Sketch of the medical history of the native army of Bombay, for the year
Year: 1872
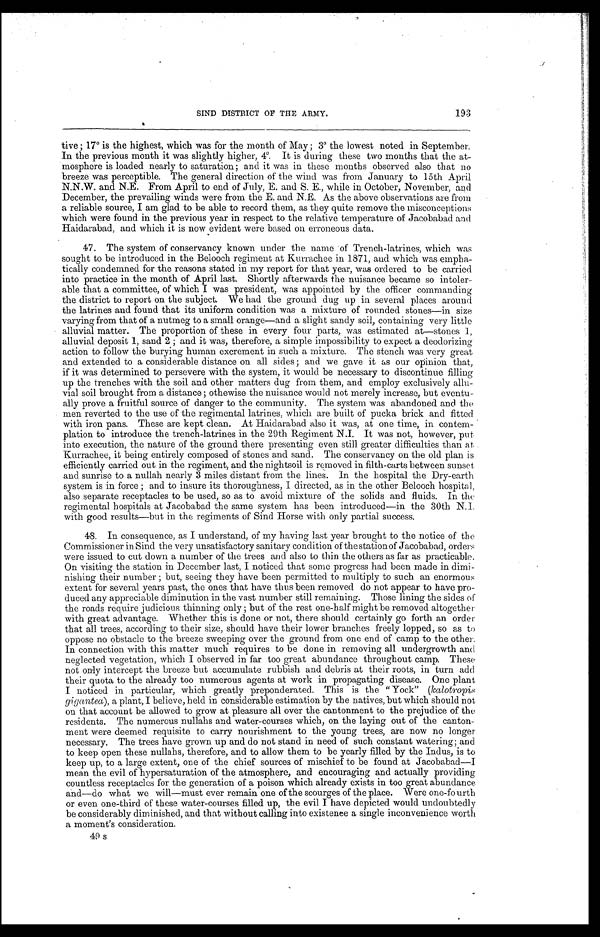
193
SIND DISTRICT OF THE ARMY.
tive; 17° is the highest, which was for the month of May; 3° the lowest noted in September.
In the previous month it was slightly higher, 4°. It is during these two months that the at
-mosphere is loaded nearly to saturation; and it was in these months observed also that no
breeze was perceptible. The general direction of the wind was from January to 15th April
N.N.W. and N.E. From April to end of July, E. and S. E., while in October, November, and
December, the prevailing winds were from the E. and N.E. As the above observations are from
a reliable source, I am glad to be able to record them, as they quite remove the misconceptions
which were found in the previous year in respect to the relative temperature of Jacobabad and
Haidarabad, and which it is now evident were based on erroneous data.
47. The system of conservancy known under the name of Trench-latrines, which was
sought to be introduced in the Belooch regiment at Kurrachee in 1871, and which was empha-
tically condemned for the reasons stated in my report for that year, was ordered to be carried
into practice in the month of April last. Shortly afterwards the nuisance became so intoler-
able that a committee, of which I was president, was appointed by the officer commanding
the district to report on the subject. We had the ground dug up in several places around
the latrines and found that its uniform condition was a mixture of rounded stones—in size
varying from that of a nutmeg to a small orange—and a slight sandy soil, containing very little
alluvial matter. The proportion of these in every four parts, was estimated at—stones 1,
alluvial deposit 1, sand 2; and it was, therefore, a simple impossibility to expect a deodorizing
action to follow the burying human excrement in such a mixture. The stench was very great
and extended to a considerable distance on all sides; and we gave it as our opinion that,
if it was determined to persevere with the system, it would be necessary to discontinue filling
up the trenches with the soil and other matters dug from them, and employ exclusively allu-
vial soil brought from a distance; otherwise the nuisance would not merely increase, but eventu-
ally prove a fruitful source of danger to the community. The system was abandoned and the
men reverted to the use of the regimental latrines, which are built of pucka brick and fitted
with iron pans. These are kept clean. At Haidarabad also it was, at one time, in contem-
plation to introduce the trench-latrines in the 29th Regiment N.I. It was not, however, put
into execution, the nature of the ground there presenting even still greater difficulties than at
Kurrachee, it being entirely composed of stones and sand. The conservancy on the old plan is
efficiently carried out in the regiment, and the nightsoil is removed in filth-carts between sunset
and sunrise to a nullah nearly 3 miles distant from the lines: In the hospital the Dry-earth
system is in force; and to insure its thoroughness, I directed, as in the other Belooch hospital,
also separate receptacles to be used, so as to avoid mixture of the solids and fluids. In the
regimental hospitals at Jacobabad the same system has been introduced—in the 30th N. I.
with good results—but in the regiments of Sind Horse with only partial success.
48. In consequence, as I understand, of my having last year brought to the notice of the
Commissioner in Sind the very unsatisfactory sanitary condition of the station of Jacobabad, orders
were issued to cut down a number of the trees and also to thin the others as far as practicable.
On visiting the station in December last, I noticed that some progress had been made in dimi-
nishing their number; but, seeing they have been permitted to multiply to such an enormous
extent for several years past, the ones that have thus been removed do not appear to have pro-
duced any appreciable diminution in the vast number still remaining. Those lining the sides of
the roads require judicious thinning only; but of the rest one-half might be removed altogether
with great advantage. Whether this is done or not, there should certainly go forth an order
that all trees, according to their size, should have their lower branches freely lopped, so as to
oppose no obstacle to the breeze sweeping over the ground from one end of camp to the other.
In connection with this matter much requires to be done in removing all undergrowth and
neglected vegetation, which I observed in far too great abundance throughout camp. These
not only intercept the breeze but accumulate rubbish and debris at their roots, in turn add
their quota to the already too numerous agents at work in propagating disease. One plant
I noticed in particular, which greatly preponderated. This is the " Yock" (kalotropis
gigantea), a plant, I believe, held in considerable estimation by the natives, but which should not
on that account be allowed to grow at pleasure all over the cantonment to the prejudice of the
residents. The numerous nullahs and water-courses which, on the laying out of the canton-
ment were deemed requisite to carry nourishment to the young trees, are now no longer
necessary. The trees have grown up and do not stand in need of such constant watering; and
to keep open these nullahs, therefore, and to allow them to be yearly filled by the Indus, is to
keep up, to a large extent, one of the chief sources of mischief to be found at Jacobabad—I
mean the evil of hypersaturation of the atmosphere, and encouraging and actually providing
countless receptacles for the generation of a poison which already exists in too great abundance
and—do what we will—must ever remain one of the scourges of the place. Were one-fourth
or even one-third of these water-courses filled up, the evil I have depicted would undoubtedly
be considerably diminished, and that without calling into existence a single inconvenience worth
a moment's consideration.
49 s